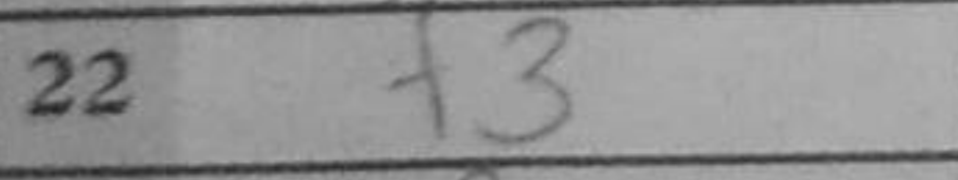
Transcription: f3